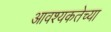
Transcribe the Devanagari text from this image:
आवश्यकतेच्या